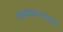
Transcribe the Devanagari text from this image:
सत्ताकारणाला